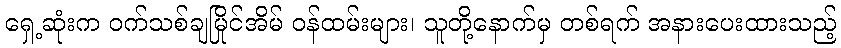
ရှေ့ဆုံးက ဝက်သစ်ချမြိုင်အိမ် ဝန်ထမ်းများ၊ သူတို့နောက်မှ တစ်ရက် အနားပေးထားသည့်